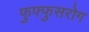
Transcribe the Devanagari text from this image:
फुफ्फुसरोग